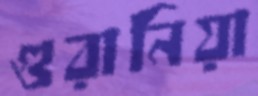
গুরানিয়া